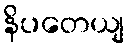
နိပတေယျ